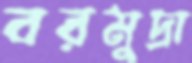
বরমুদ্রা